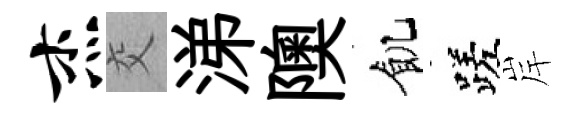
杰交涕隩飢蹉岸